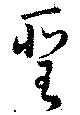
聖